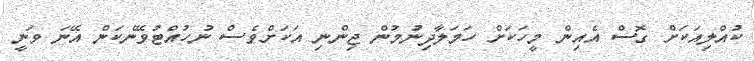
ކުއްލިއަކަށް ގޮސް އެއިން މީހަކަށް ހަމަލާދިނުމުން ޖިންނި އަކަށްވެސް ނުހުއްޓުވޭނެކަން އޭނަ ވަނީ